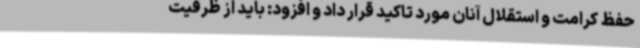
حفظ کرامت و استقلال آنان مورد تاکید قرار داد و افزود: باید از ظرفیت